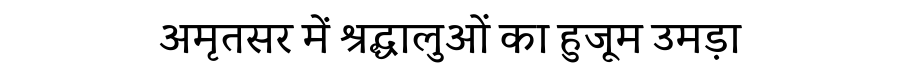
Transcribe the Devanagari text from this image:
अमृतसर में श्रद्धालुओं का हुजूम उमड़ा